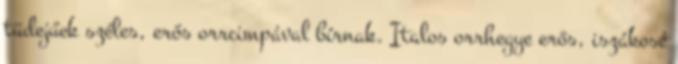
tüdejűek széles, erős orrcimpával bírnak. Italos orrhegye erős, iszákosé